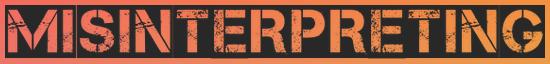
MISINTERPRETING